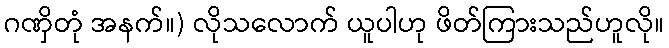
ဂဏှိတုံ အနက်။) လိုသလောက် ယူပါဟု ဖိတ်ကြားသည်ဟူလို။